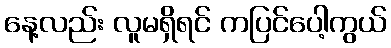
နေ့လည်း လူမရှိရင် ကပြင်ပေါ့ကွယ်